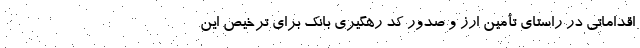
اقداماتی در راستای تأمین ارز و صدور کد رهگیری بانک برای ترخیص این